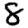
Digit: 8